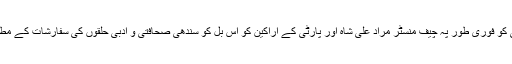
اس لیے بلاول بھٹو پارٹی چئیرمین آف پی پی پی کو فوری طور پہ چیف منسٹر مراد علی شاہ اور پارٹی کے اراکین کو اس بل کو سندھی صحافتی و ادبی حلقوں کی سفارشات کے مطابق بناکر منظور کرانے کی ہدایت جاری کریں۔